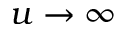
u \rightarrow \infty